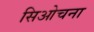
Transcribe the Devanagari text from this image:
सिओचना